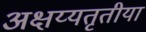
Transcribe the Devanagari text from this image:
अक्षय्यतृतीया